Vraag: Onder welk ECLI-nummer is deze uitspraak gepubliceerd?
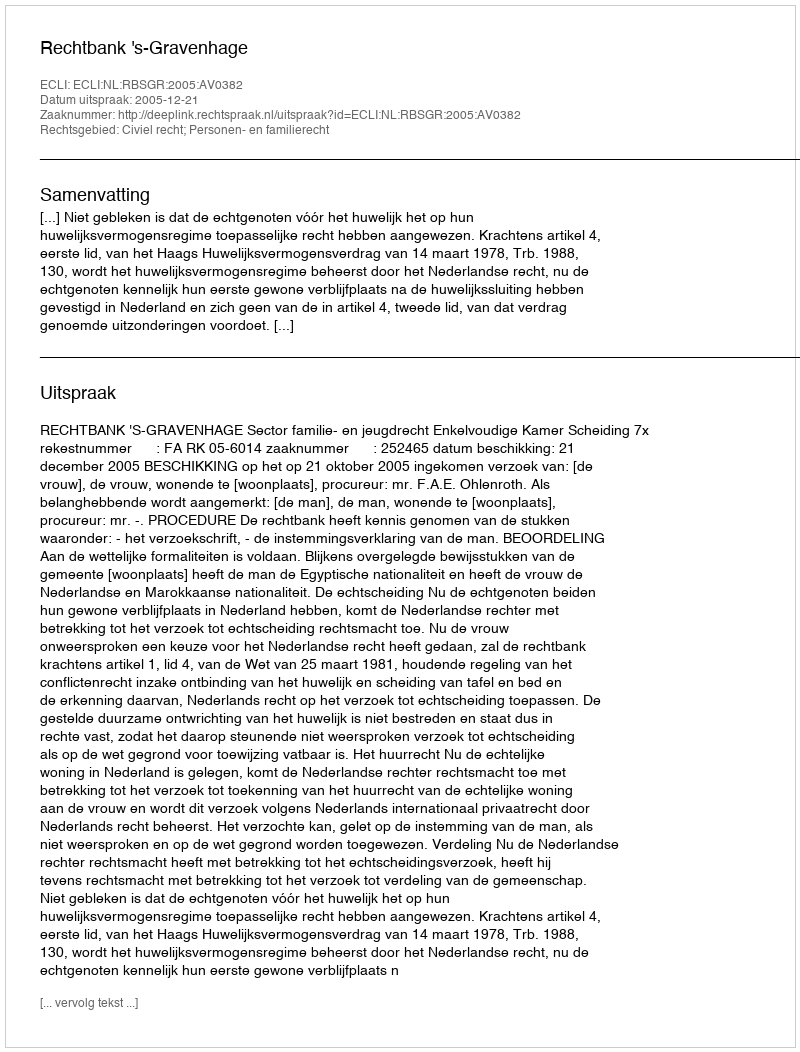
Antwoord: ECLI:NL:RBSGR:2005:AV0382